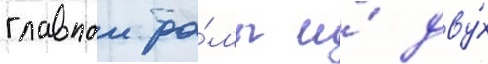
главнои ра́мы и́ дву́х